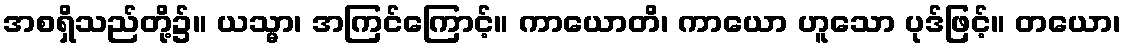
အစရှိသည်တို့၌။ ယသ္မာ၊ အကြင်ကြောင့်။ ကာယောတိ၊ ကာယော ဟူသော ပုဒ်ဖြင့်။ တယော၊